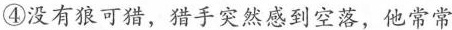
④没有狼可猎，猎手突然感到空落，他常常